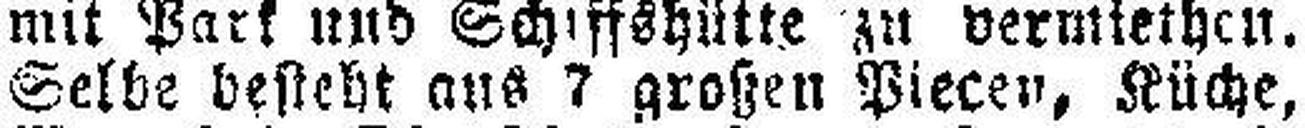
Selbe besteht aus 7 großen Piecen, Küche,